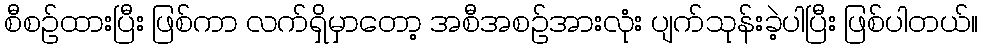
စီစဉ်ထားပြီး ဖြစ်ကာ လက်ရှိမှာတော့ အစီအစဉ်အားလုံး ပျက်သုန်းခဲ့ပါပြီး ဖြစ်ပါတယ်။